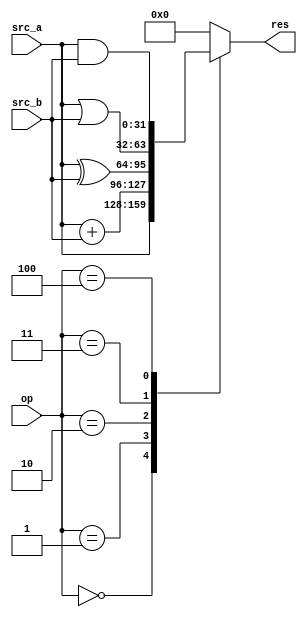
module alu(
  input [31:0]src_a,
  input [31:0]src_b,
  input [2:0]op,

  output reg [31:0]res
);

always @(*) begin
  case (op)
    3'h0: res = src_a;
    3'h1: res = src_a + src_b;
    3'h2: res = src_a ^ src_b;
    3'h3: res = src_a | src_b;
    3'h4: res = src_a & src_b;
    default: res = 32'b0;
  endcase
end

endmodule